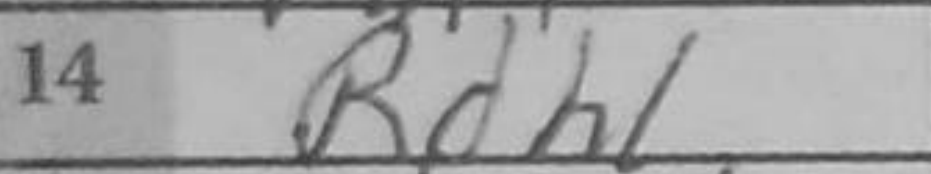
Transcription: Rdh1